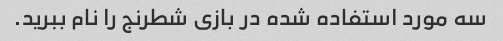
سه مورد استفاده شده در بازی شطرنج را نام ببرید.